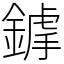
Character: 鎼